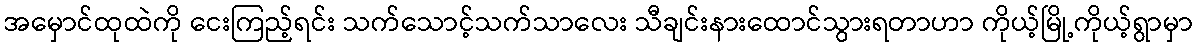
အမှောင်ထုထဲကို ငေးကြည့်ရင်း သက်သောင့်သက်သာလေး သီချင်းနားထောင်သွားရတာဟာ ကိုယ့်မြို့ကိုယ့်ရွာမှာ